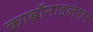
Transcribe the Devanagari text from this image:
कार्बोनाइलेशन